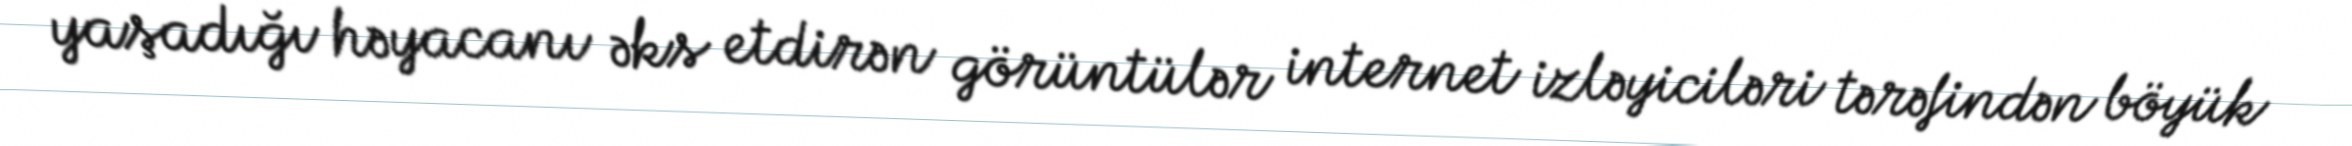
yaşadığı həyacanı əks etdirən görüntülər internet izləyiciləri tərəfindən böyük